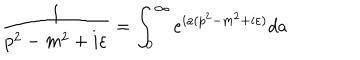
\frac { 1 } { p ^ { 2 } - m ^ { 2 } + i \varepsilon } = \int _ { 0 } ^ { \infty } e ^ { i a ( p ^ { 2 } - m ^ { 2 } + i \varepsilon ) } d a